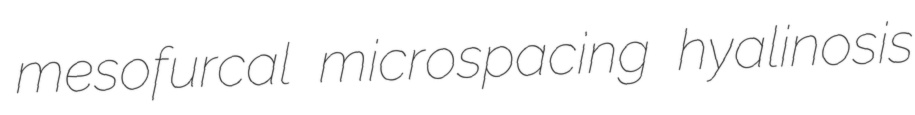
mesofurcal microspacing hyalinosis